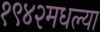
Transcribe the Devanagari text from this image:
१९४२मधल्या